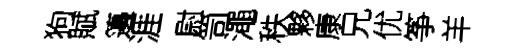
狗賦籩涯尉笥澠秩夥康兄优筝羊